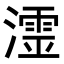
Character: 𭲬